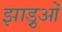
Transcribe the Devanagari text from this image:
झाड़ुओं